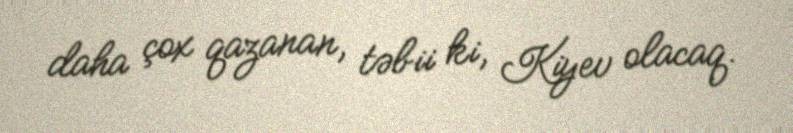
daha çox qazanan, təbii ki, Kiyev olacaq.